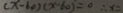
( x - 6 0 ) ( x - 6 0 ) = 0 \therefore x =